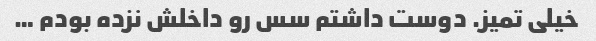
خیلی تمیز. دوست داشتم سس رو داخلش نزده بودم …